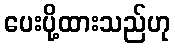
ပေးပို့ထားသည်ဟု